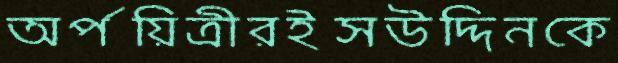
অর্পয়িত্রীরইসউদ্দিনকে